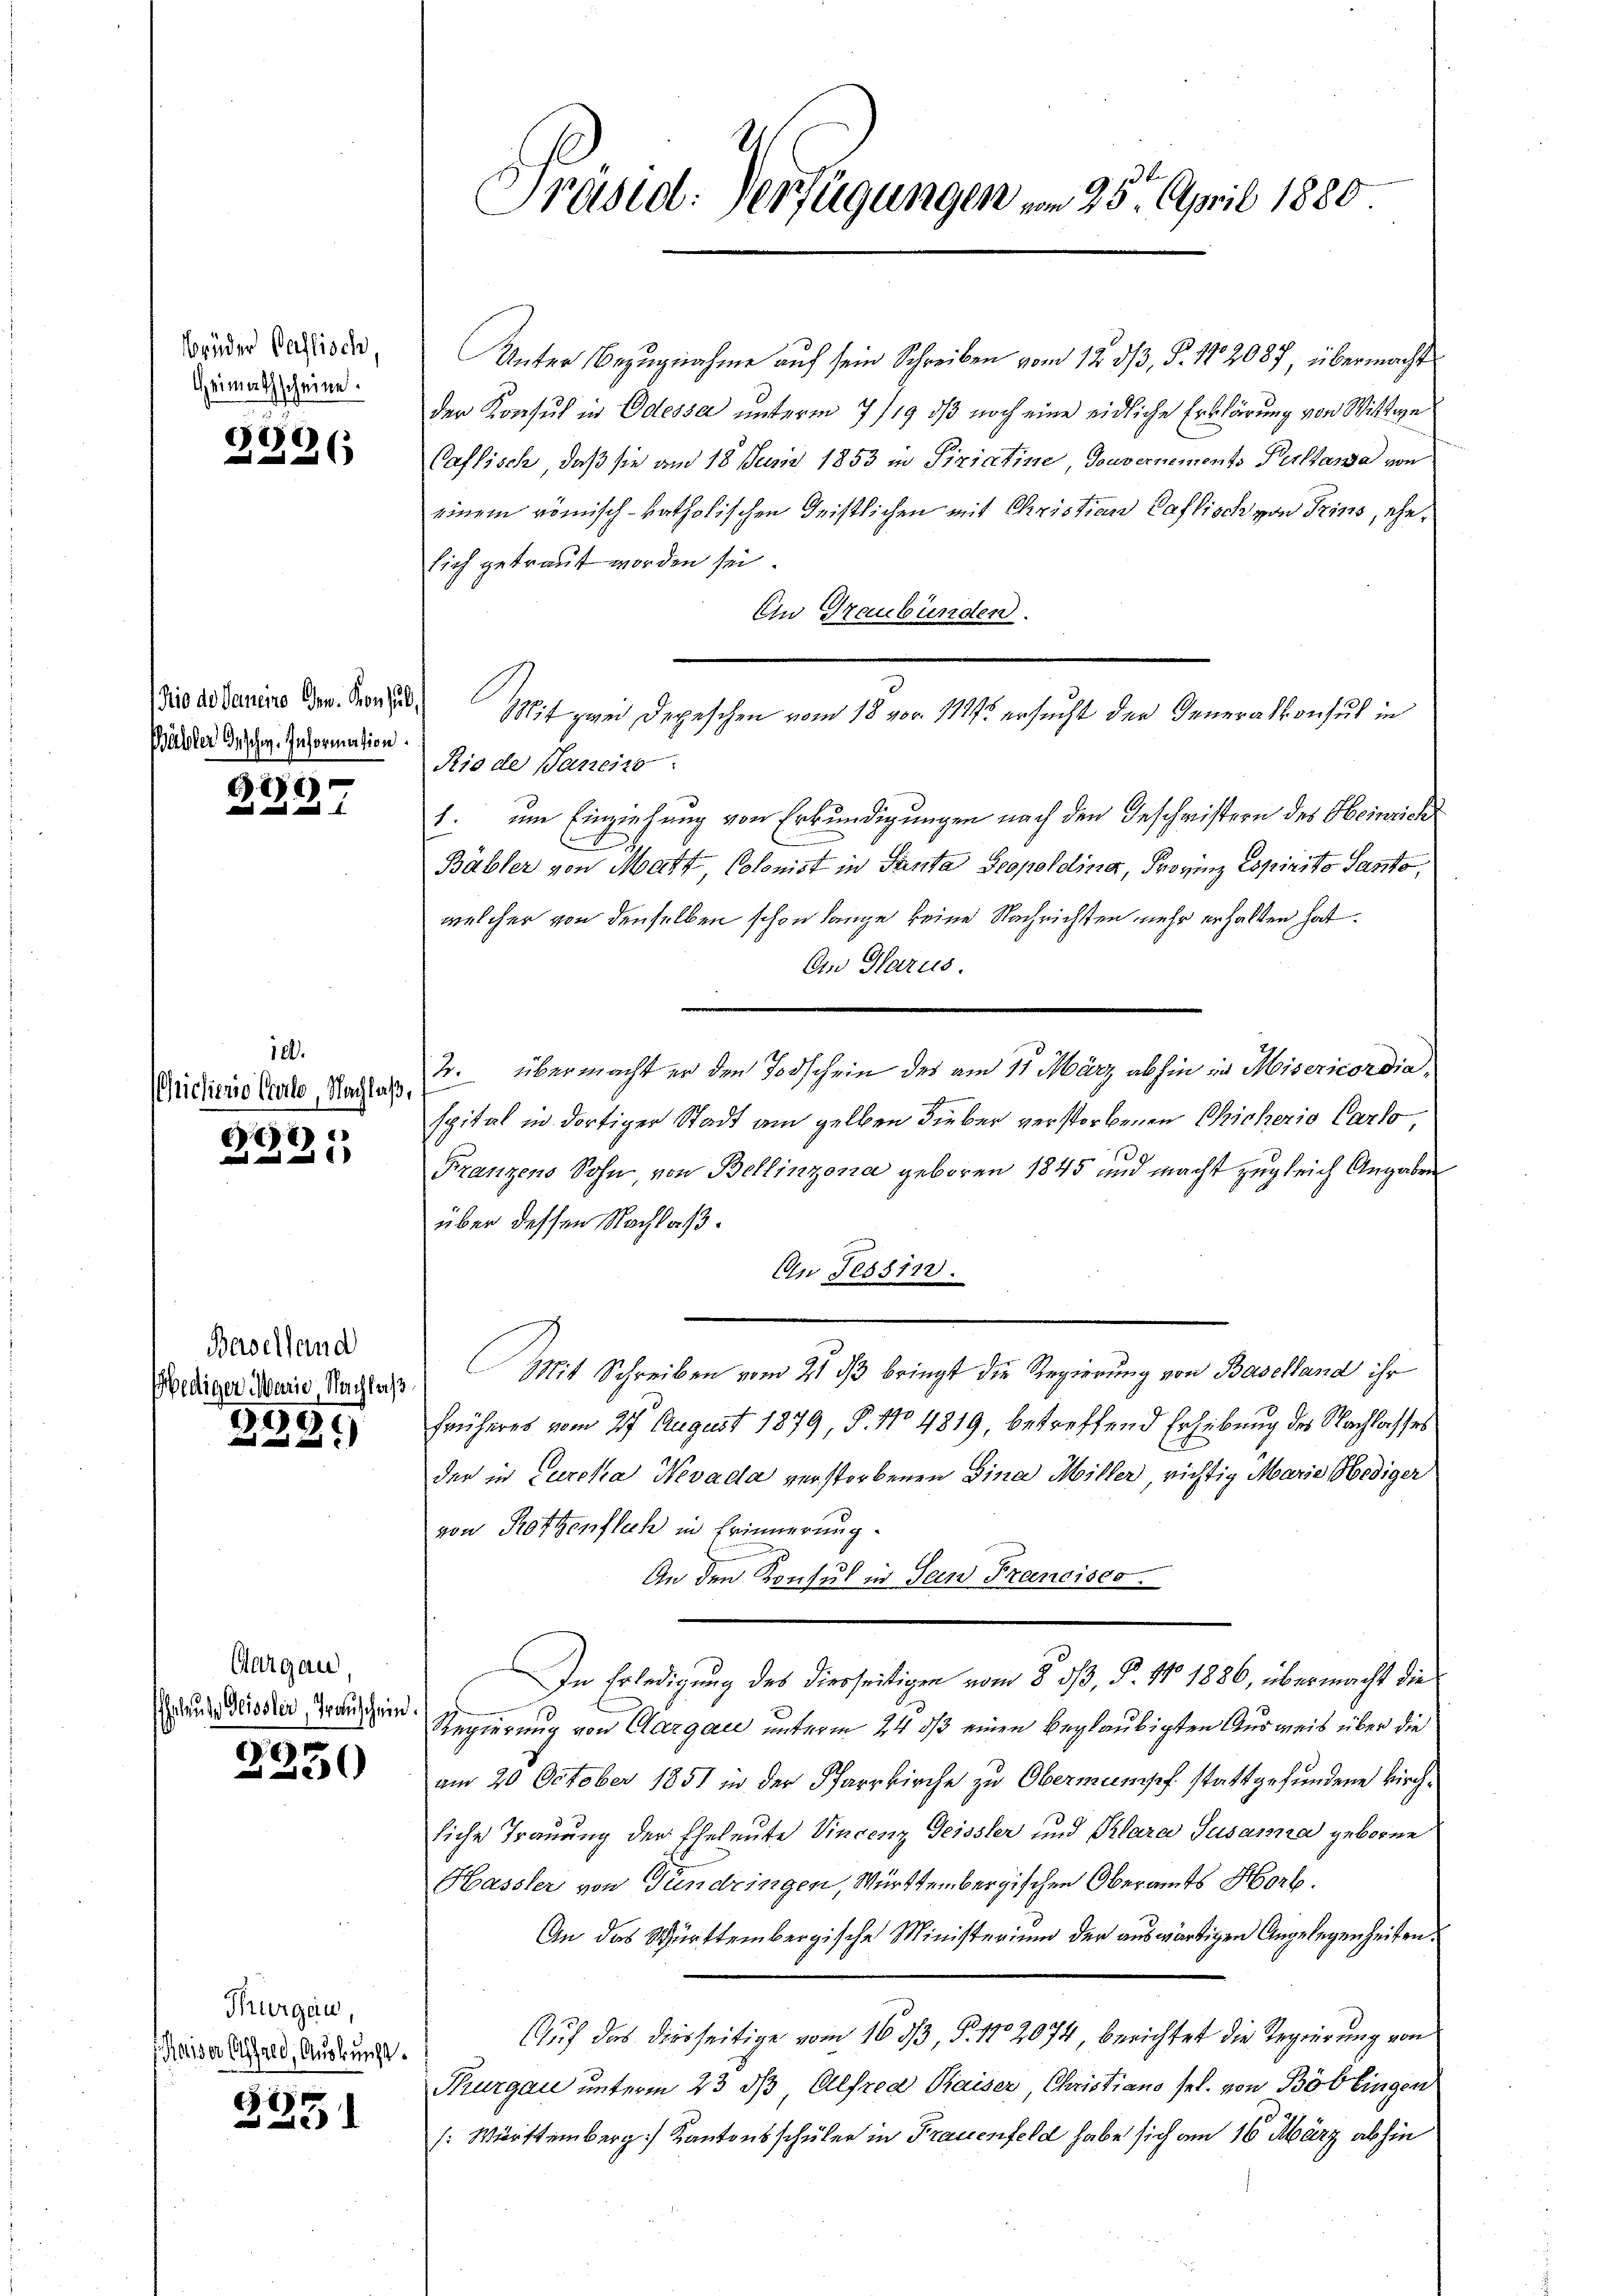
sbrüder Pastisch,
Heimathscheine.

1
226

(Pio de Janeiro Gen. Konsul,
Wälder Geschw. Information.

16)
e

121.
riclierio Grete, Nachlaß,

8

Baselland
ediger Marie, Nachlaß

3

Aargau,
Eheleute Geister, Transchein.

2250

Thurgau,
Kaiser Alfred, Auskunft.

E

Präsid. Verfügungen vom 25. April 1880

Unter Bezugnahme auf sein Schreiben vom 12. 33, S. 182087 übermacht
der Konsul in Odessa unterm 7/19. ds noch eine eidliche Erklärung von Wittwe
Caflisch, daß sie am 18. Juni 1853 in Siriatine Gouvernements Perltawa von
einem römisch-katholischen Geistlichen mit Christian Caflisch von Trins, ehesich getraut worden sei.
Ein Graubünden.
Rio de Janeiro
1. um Einziehung von Erkundigungen nach den Geschwistern des Heinrich
(
Bäbler von Matt Colonist in Santa Leopolding, Provinz Espirito Santo
welcher von denselben schon lange keine Nachrichten mehr erhalten hat.
An Glarus.
2. übermacht er den Todschein des am 11 März abhin in Misericordia
spital in dortiger Stadt am gelben Dieber verstorbenen Sicherio Carlo
de
Franzens Sohn von Bellinzona geboren 1845 und macht zugleich Angaben
über dessen Nachlaß¬
An Tessin.
Mit Schreiben vom 21. ds bringt die Regierung von Baselland ihr
früheres vom 27. August 1879, P. No 4819, betreffend Erhebung des Nachlasses
der in Curcka Nevada verstorbenen Sina Miller richtig Marie Hediger
von Rotzenfleh in Erinnerung
An den Konsul in San Francisco
In Erledigung des diesseitigen vom 8. 333, P. No 1886, übermacht die
Regierung von Clargau unterm 24. ds einen beglaubigten Ausweis über die
am 20. October 1851 in der Pfarrkirche zu Obermumpf stattgefundene Kirchliche Trauung der Eheleute Vincenz Geissler und Clara Susanna geborne
Hassler von Fundringen, Württembergischen Oberamts Horb.
An das Württembergische Ministerium der auswärtigen Angelegenheiten.
Auf das diesseitige vom 16 1/3. §. 172074, berichtet die Regierung von
Thurgau unterm 23 dß, Alfred Kaiser Christiano sel. von Böblingen
[Württemberg] Kantonsschüler in Frauenfeld habe sich am 16. März abhin

Mit zwei Depeschen vom 18. vor 117 ersucht der Generalkonsul in